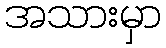
အသားမှာ